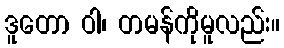
ဒူတော ဝါ၊ တမန်ကိုမူလည်း။